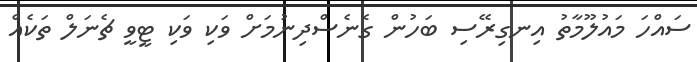
ސައްހަ މައުލޫމާތު އިނގިރޭސި ބަހުން ގެނެސްދިނުމަށް ވަކި ވަކި ޓީވީ ޗެނަލް ތަކެއް